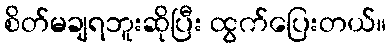
စိတ်မချရဘူးဆိုပြီး ထွက်ပြေးတယ်။